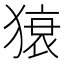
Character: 𤠠